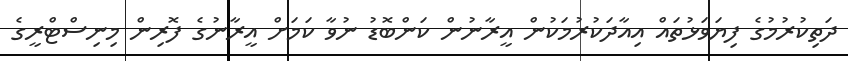
ދަތިކުރުމުގެ ފިޔަވަޅުތައް އިއާދަކުރުމަކުން އީރާނުން ކަންބޮޑު ނުވާ ކަމަށް އީރާނުގެ ފޮރިން މިނިސްޓްރީގެ